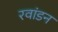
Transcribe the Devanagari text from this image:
रवांडन